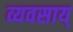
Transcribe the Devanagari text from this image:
व्यवसाय्